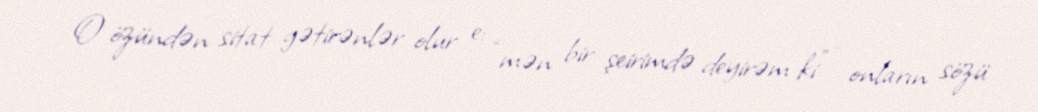
O özündən sitat gətirənlər olur e: “mən bir şeirimdə deyirəm ki” - onların sözü